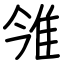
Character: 雂